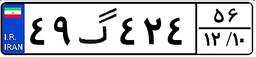
۴۹گ۴۲۴۵۶